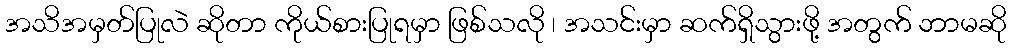
အသိအမှတ်ပြုလဲ ဆိုတာ ကိုယ်စားပြုရမှာ ဖြစ်သလို ၊ အသင်းမှာ ဆက်ရှိသွားဖို့ အတွက် ဘာမဆို